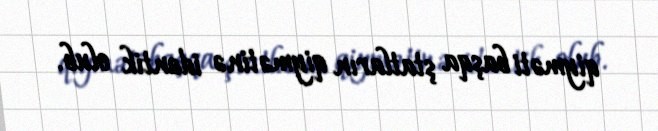
qiyməti başqa ştatların qiymətinə identik olub.